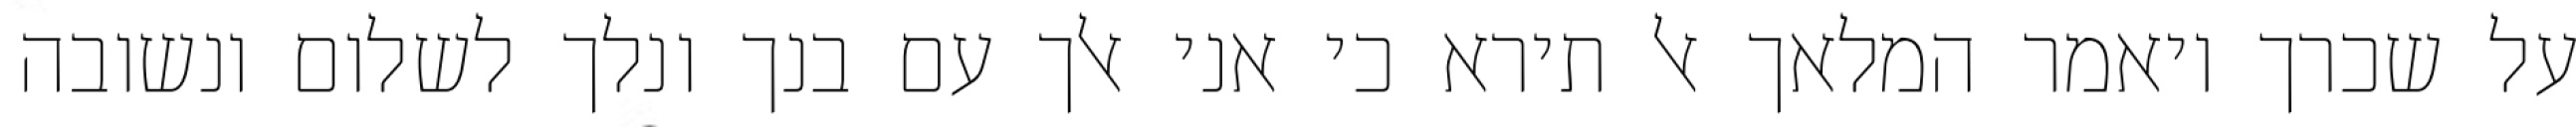
על שכרך ויאמר המלאך אל תירא כי אני אלך עם בנך ונלך לשלום ונשובה